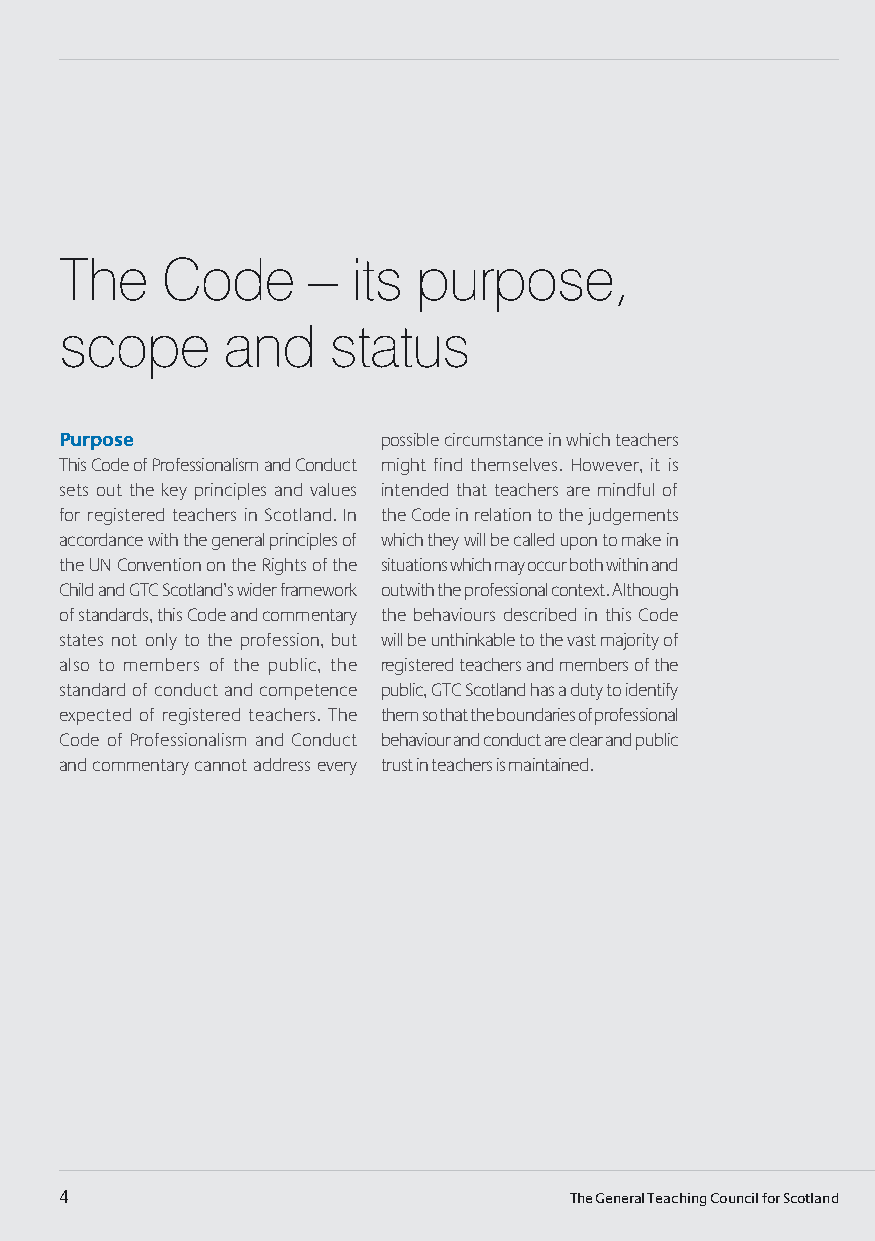
The    Code     –  its  purpose,
 scope      and    status
 Purpose              possible circumstance in which teachers
 This code of professionalism and conduct might find themselves. however, it is
 sets out the key principles and values intended that teachers are mindful of
 for registered teachers in Scotland. in the code in relation to the judgements
 accordance with the general principles of which they will be called upon to make in
 the un convention on the rights of the situations which may occur both within and
 child and GTc Scotland’s wider framework outwith the professional context. although
 of standards, this code and commentary the behaviours described in this code
 states not only to the profession, but will be unthinkable to the vast majority of
 also to members of the public, the registered teachers and members of the
 standard of conduct and competence public, GTc Scotland has a duty to identify
 expected of registered teachers. The them so that the boundaries of professional
 code of professionalism and conduct behaviour and conduct are clear and public
 and commentary cannot address every trust in teachers is maintained.
 4                                 The General Teaching Council for Scotland